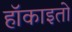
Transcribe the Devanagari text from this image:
हॉकाइतो